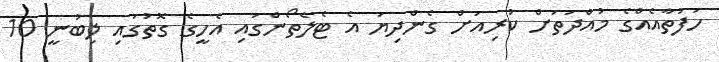
ހަފުތާއެއްގެ މުއްދަތަށް ކުރިއަށް ގެންދިޔަ އެ ޓެލެތޯންގައި އެހީގެ ގޮތުގައި ލިބުނީ 10